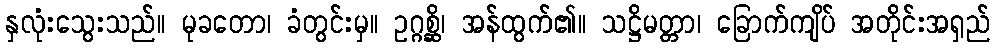
နှလုံးသွေးသည်။ မုခတော၊ ခံတွင်းမှ။ ဥဂ္ဂစ္ဆိ၊ အန်ထွက်၏။ သဋ္ဌိမတ္တာ၊ ခြောက်ကျိပ် အတိုင်းအရှည်